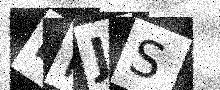
Text: EHJS